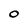
Character: 0